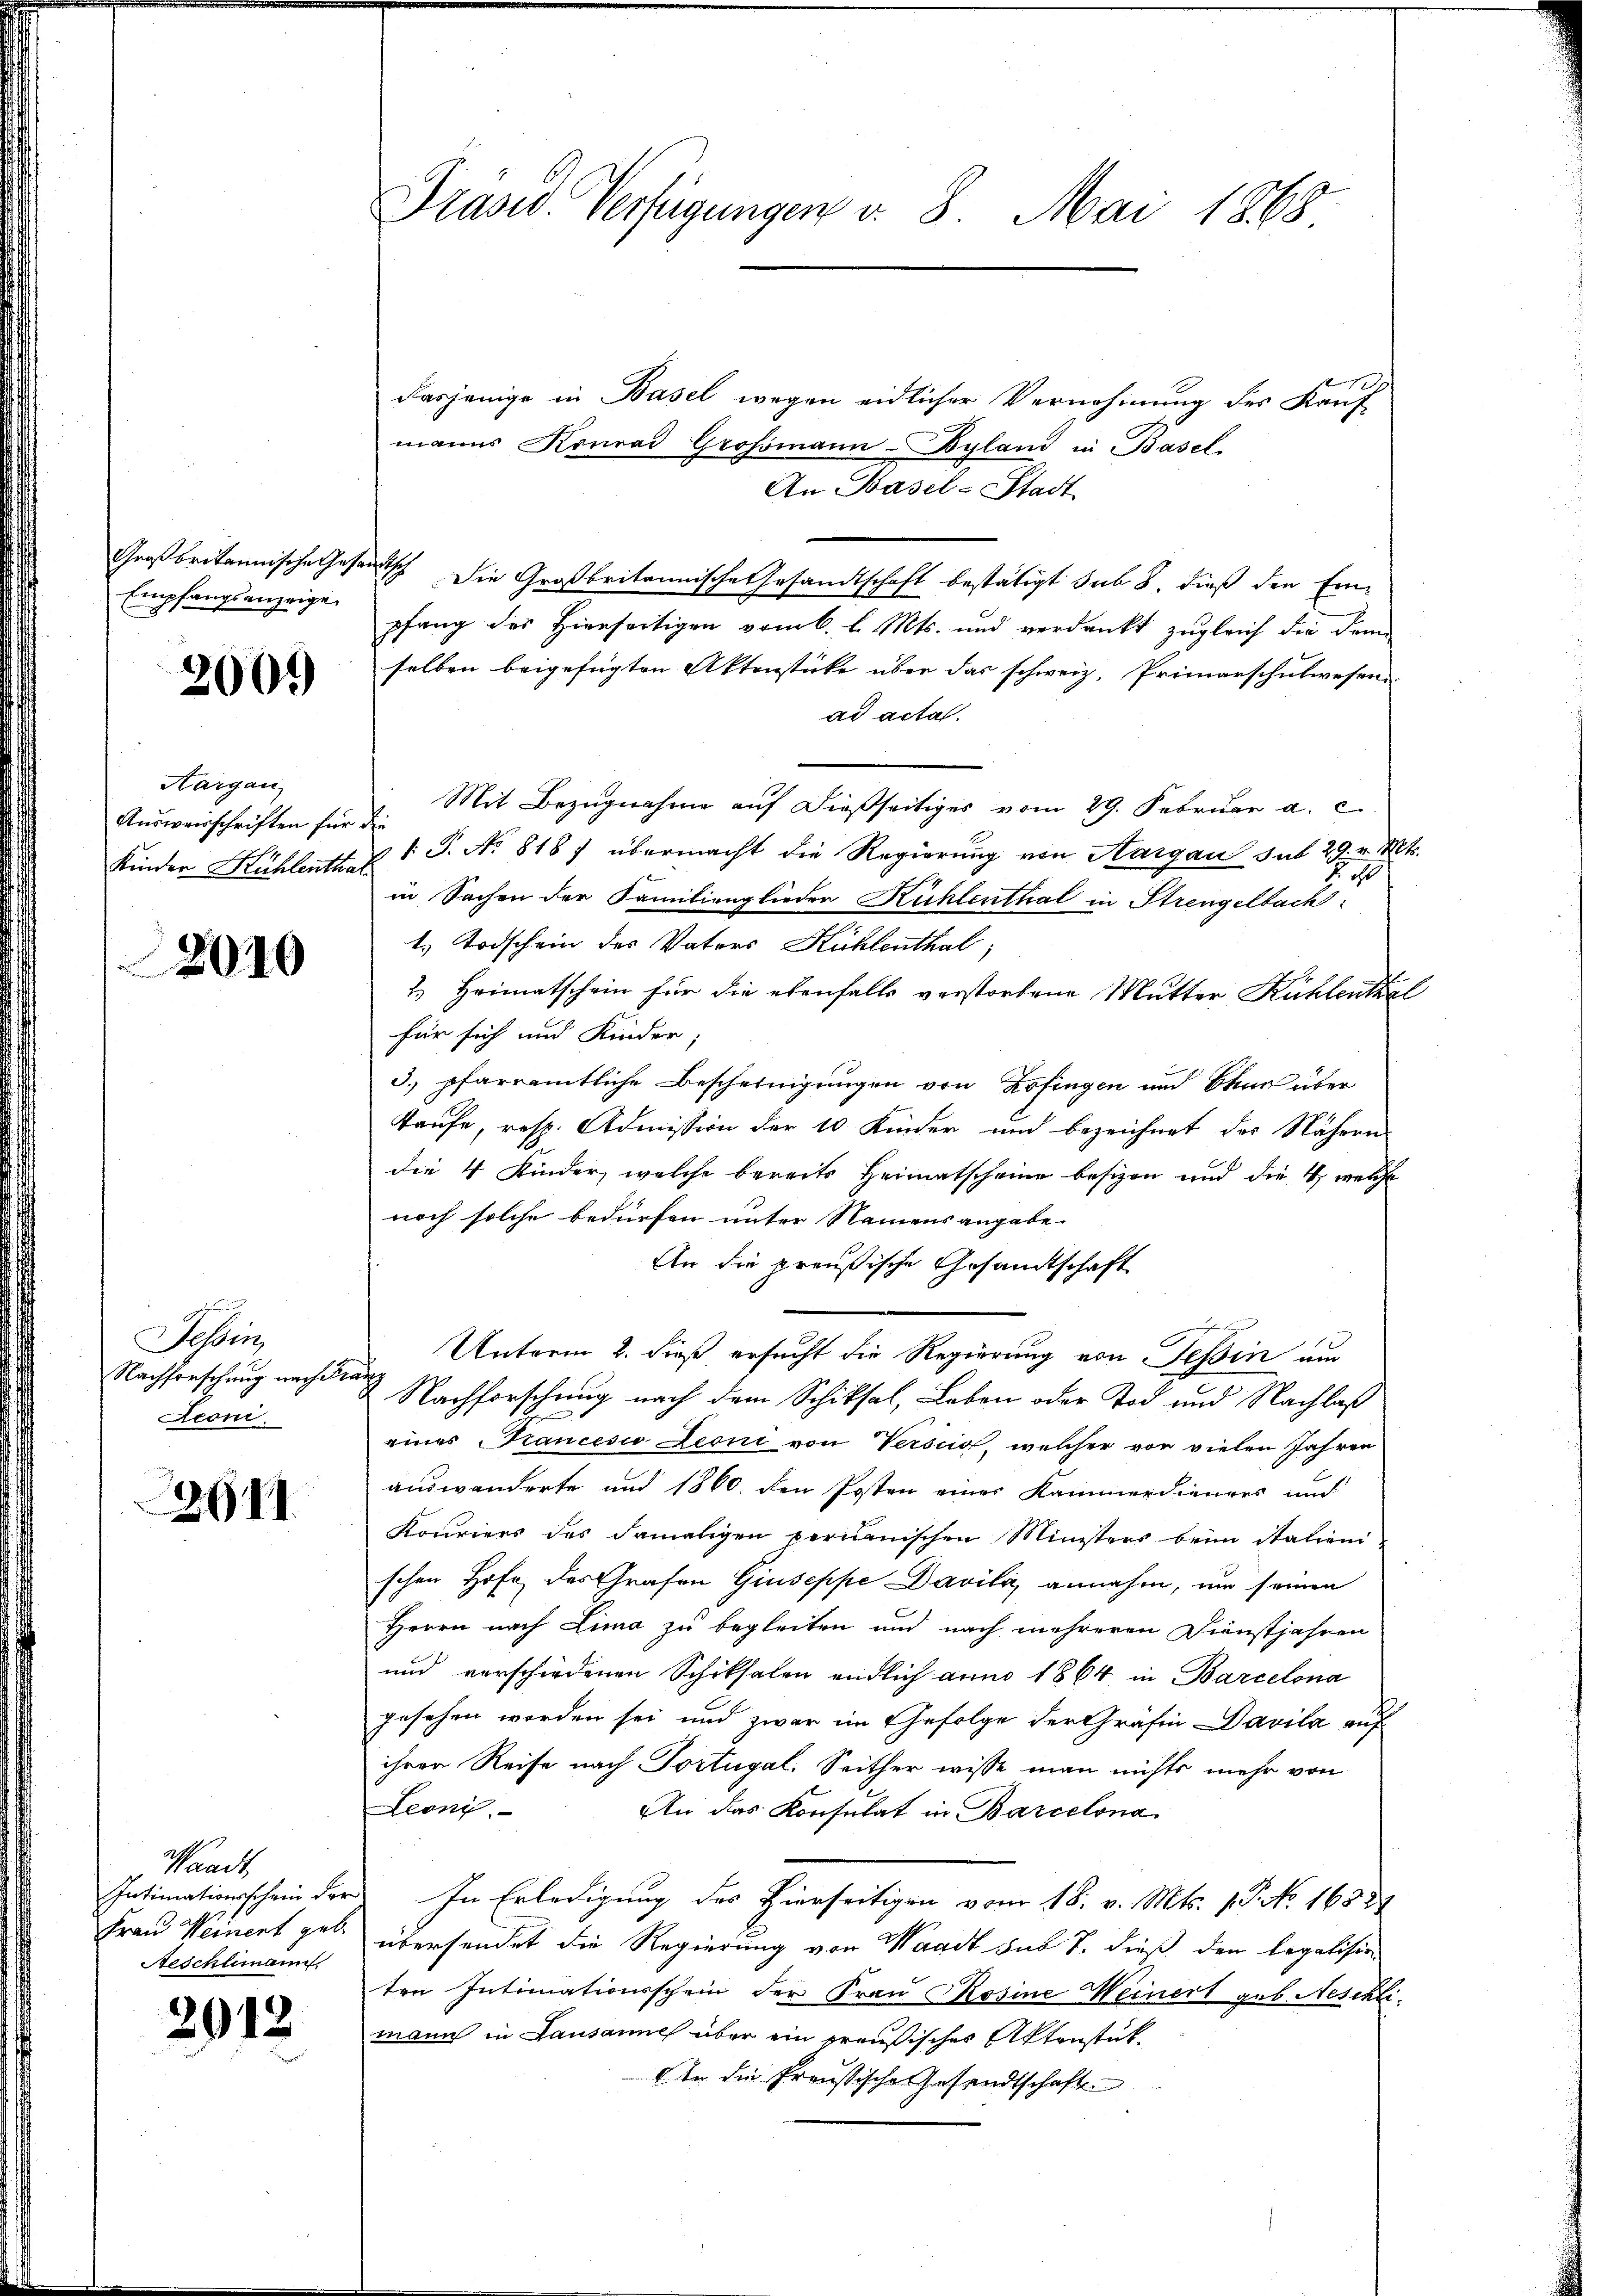
Großbritannische Gese
Empfangsanzeige

2000

Aargau
Ausweisschriften für
Kinder Kühlentha

2010

Tessin,
Nachforschung nach Fra
Reon.

2267

Waadt,
Intimationsschein der
Frau Weinert geb.
Neschlimann.

2012

Prasis. Verfügungen v. 8. Mai 1868.

dasjenige in Basel wegen eidlicher Vernehmung des Kauf-
manns Konrad Grossmann-Byland in Basel
An Basel-Stadt
auch die Großbritannische Gesandtschaft bestätigt sub 8. dieß den Einpfang des Hierseitigen vom 6. v. Mts. und verdankt zugleich die dem
selben beigefügten Aktenstücke über das schweiz. Primarschulwesen
ad acta.
Mit Bezugnahme auf dießseitiges vom 29. Februar a. c.
e
1 J. No 818 7 übermacht die Regierŭng von Aargau sub 29. v. Mts.
0
in Sachen der Familienglieder Kühlenthal in Strengelbach
1. Todschein des Vaters Kühlenthal;
2.) Heimatschein für die ebenfalls verstorbene Mutter Kühlenthal
für sich und Kinder
3. pfarramtliche Bescheinigungen von Zofingen und Bann über
Taufe, resp. Admission der 10 Kinder und bezeichnet des Nähern
die 4 Kinder, welche bereits Heimatscheine besizen und die 4, welche
noch solche bedürfen unter Namensangabe
An die preußische Gesandtschaft
Unterm 2. dieß ersucht die Regierung von Tessin am
h
Nachforschung nach dem Schiksal, Leben oder Tod und Nachlaß
eines Francesio Leoni von Verscio, welcher vor vielen Jahren
auswanderte und 1860 den Posten einer Kammerdieners und
Kouriers des damaligen permanischen Ministers beim Stalieni
schen Hofe des Grafen Giuseppe Davila, annahm, um seinen
Herrn nach Lima zu begleiten und nach mehreren Dienstjahren
und verschiedenen Schiksalen endlich anno 1864 in Barcelona
gesehen worden sei und zwar im Gefolge der Gräfin Davila auf
ihren Reise nach Portugal. Seither wisse man nichts mehr von
Leonz
An das Konsulat in Barcelona
In Erledigung des Hierseitigen vom 18. v. Mts. 1. No. 16527
übersendet die Regierung von Waadt sub S. dieß den legalisie
ten Intimationsschein der Frau Rosine Weinert geb. Neschlimann in Lausanne über ein preußisches Aktenstück,
Ir die Preussische Gesandtschaft